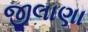
જીલાણા